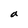
Character: a